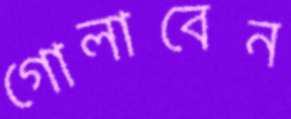
গোলাবেন